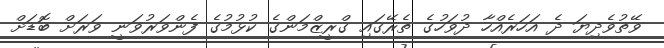
ވޭތުވެދިޔަ ދެ އަހަރެއްހާ ދުވަހުގެ ތެރޭގައި ގްރީޒްމަންގެ ކުޅުމުގެ ފެންވަރުވަނީ ވަރަށް ބޮޑަށް